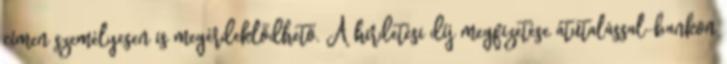
címen személyesen is megérdeklődhető. A hirdetési díj megfizetése átutalással-bankon